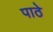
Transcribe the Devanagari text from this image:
पाठे